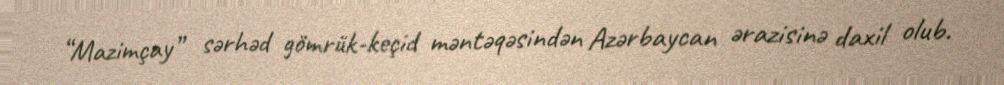
“Mazimçay” sərhəd gömrük-keçid məntəqəsindən Azərbaycan ərazisinə daxil olub.